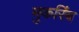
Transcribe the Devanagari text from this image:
मुकरिंब